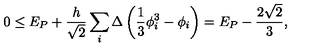
0 \leq E _ { P } + \frac { h } { \sqrt { 2 } } \sum _ { i } \Delta \left( \frac { 1 } { 3 } \phi _ { i } ^ { 3 } - \phi _ { i } \right) = E _ { P } - \frac { 2 \sqrt { 2 } } { 3 } ,